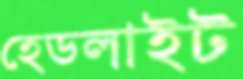
হেডলাইট